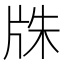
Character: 㸡